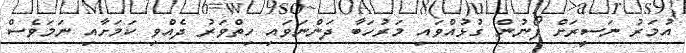
އުމަރު ނަސީރަށް ފޯނުން ގުޅުއްވައި މަރުހަބާ ދަންނަވައި ހިތްވަރު ދެއްވި ކަމަށާއި ނަމަވެސް